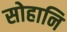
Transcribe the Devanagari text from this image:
सोहानि